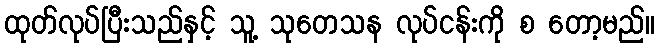
ထုတ်လုပ်ပြီးသည်နှင့် သူ့ သုတေသန လုပ်ငန်းကို စ တော့မည်။